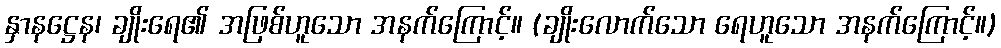
နှာနဋ္ဌေန၊ ချိုးရေ၏ အဖြစ်ဟူသော အနက်ကြောင့်။ (ချိုးလောက်သော ရေဟူသော အနက်ကြောင့်။)